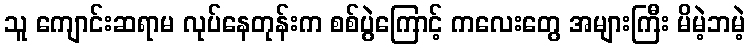
သူ ကျောင်းဆရာမ လုပ်နေတုန်းက စစ်ပွဲကြောင့် ကလေးတွေ အများကြီး မိမဲ့ဘမဲ့